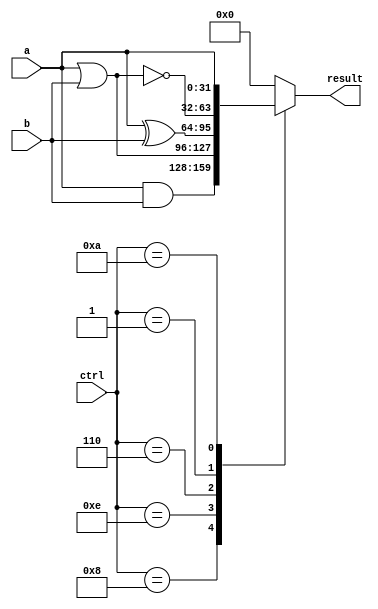
module Logicer(
  input[31:0] a,
  input[31:0] b,
  input[3:0] ctrl,
  output reg[31:0] result
  );

  always@(*)
  begin
    case(ctrl)
    4'b1000:
      result<= a & b;
    4'b1110:
      result<= a | b;
    4'b0110:
      result<= a ^ b;
    4'b0001:
      result<= ~(a | b);
    4'b1010:
      result<= a;
    default:
      result<=0;
    endcase
  end

endmodule